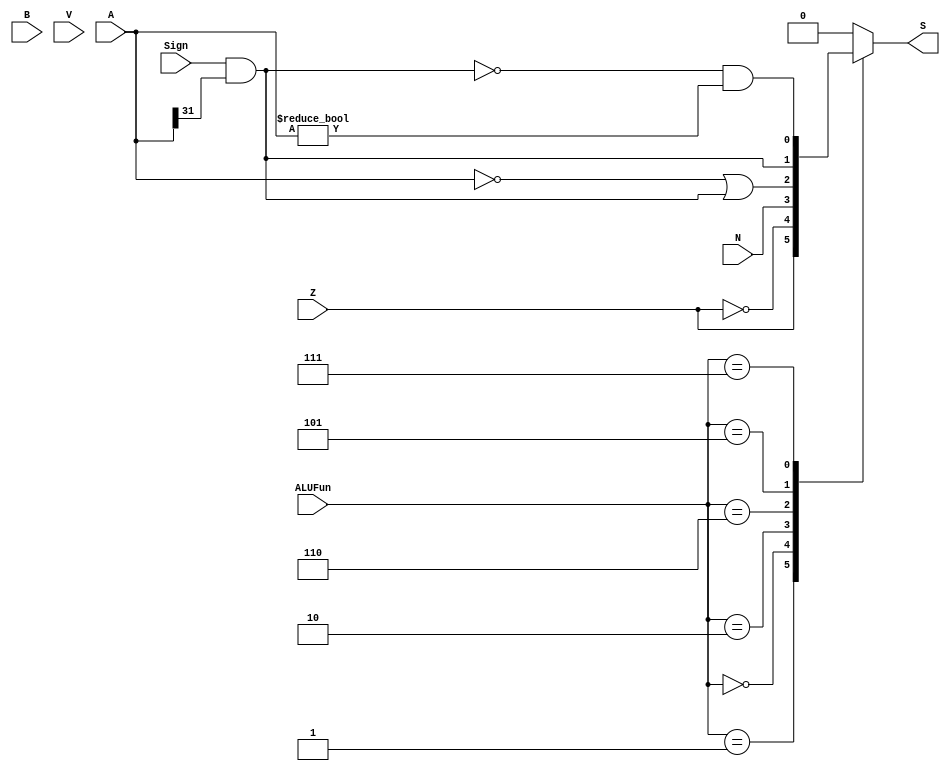
module CMP(A,B,ALUFun,Sign,Z,V,N,S);
  input [31:0] A;
  input [31:0] B;
  input [2:0] ALUFun;
  input Sign,Z,V,N;
  output reg S;
  
  always@(*)
  case(ALUFun)
    3'b001:S=Z;
    3'b000:S=~Z;
    3'b010:S=N;
    3'b110:S=((A==0)|(Sign&A[31]));
    3'b101:S=(Sign&A[31]);
    3'b111:S=((~(Sign&A[31]))&(A!=0));
    default:S=1'b0;
  endcase
  
endmodule